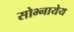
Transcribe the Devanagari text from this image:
सोभ्नायेय